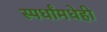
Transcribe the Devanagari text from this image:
स्पर्धांमधेही